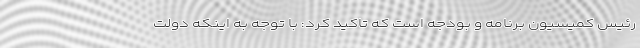
رئیس کمیسیون برنامه و بودجه است که تاکید کرد: با توجه به اینکه دولت